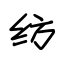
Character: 纺